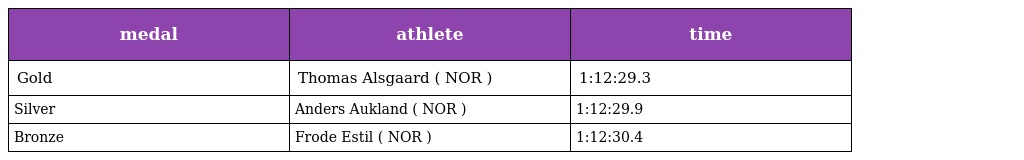
| medal | athlete | time |
 | --- | --- | --- |
 | Gold | Thomas Alsgaard ( NOR ) | 1:12:29.3 |
 | Silver | Anders Aukland ( NOR ) | 1:12:29.9 |
 | Bronze | Frode Estil ( NOR ) | 1:12:30.4 |